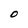
Character: O